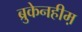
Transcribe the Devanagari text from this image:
ब्रुकेनहीम़